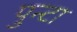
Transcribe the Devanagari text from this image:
पुन्टा